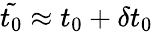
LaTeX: \tilde{t_{0}}\approx t_{0}+\delta t_{0}